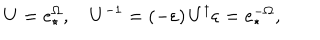
LaTeX: U = e _ { \star } ^ { \Omega } , \quad U ^ { - 1 } = \left( - \varepsilon \right) U ^ { \dagger } \varepsilon = e _ { \star } ^ { - \Omega } ,